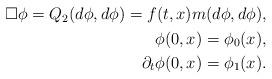
LaTeX: \begin{align*} \begin{aligned} \Box \phi = Q_2 (d \phi,d \phi) = f(t,x) m(d \phi,d \phi), \\ \phi (0,x) = \phi_0 (x), \\ \partial_t \phi (0,x) = \phi_1 (x). \end{aligned}\end{align*}